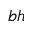
b h